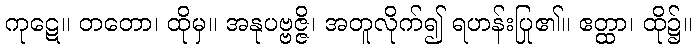
ကုဋေ။ တတော၊ ထိုမှ။ အနုပဗ္ဗဇ္ဇိ၊ အတူလိုက်၍ ရဟန်းပြု၏။ ဧတ္ထာ၊ ထို၌။